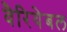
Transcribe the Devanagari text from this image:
वैरियेबल